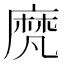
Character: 𪎒